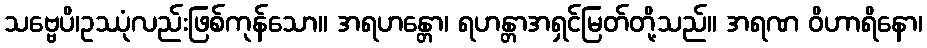
သဗ္ဗေပိ၊ဥဿုံလည်းဖြစ်ကုန်သော။ အရဟန္တော၊ ရဟန္တာအရှင်မြတ်တို့သည်။ အရဏ ဝိဟာရိနော၊